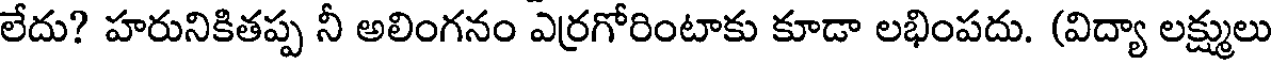
లేదు? హరునికితప్ప నీ అలింగనం ఎర్రగోరింటాకు కూడా లభింపదు. (విద్యా లక్ష్ములు